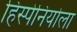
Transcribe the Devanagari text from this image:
हिस्पेनियोला